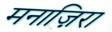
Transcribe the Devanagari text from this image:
मनाज़िरा